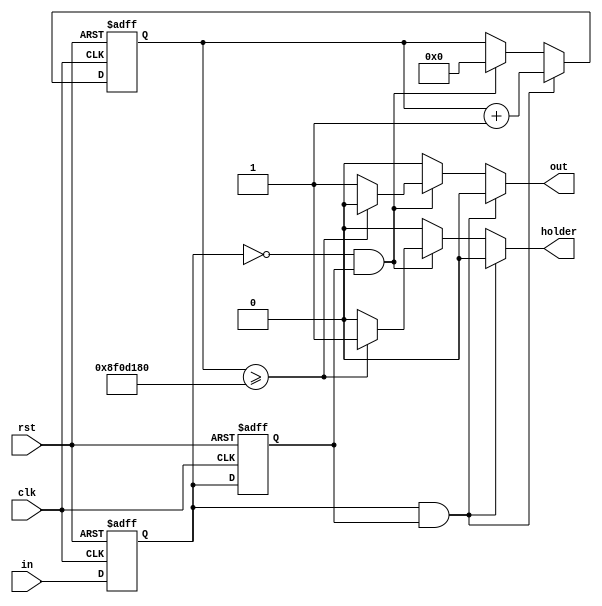
module red #(parameter SECONDS = 50_000_000)
				(input clk, input rst, input in, output reg out, output reg holder);

reg ff1_reg, ff1_next;
reg ff2_reg, ff2_next;

integer timer_reg, timer_next;

always @(posedge clk, negedge rst) begin
	if(!rst) begin
		ff1_reg <= 1'b0;
		ff2_reg <= 1'b0;
		timer_reg <= 0;
	end
	else if(clk) begin
		ff1_reg <= ff1_next;
		ff2_reg <= ff2_next;
		timer_reg <= timer_next;
	end
end

always @(*) begin
	ff1_next = in;
	ff2_next = ff1_reg;
	timer_next = timer_reg;
	out = 1'b0;
	holder = 1'b0;
	
	if(ff1_reg == 1'b1 && ff2_reg == 1'b1) begin
		timer_next = timer_reg + 1'b1;
	end
	else if(ff1_reg == 1'b0 && ff2_reg == 1'b1) begin
		if(timer_reg >= 3*SECONDS) 
			holder = 1'b1;
		else 
			out = 1'b1;
			
		timer_next = 0;
	end
	
end

endmodule